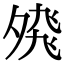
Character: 𭐸